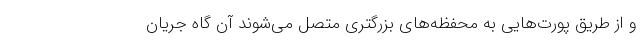
و از طریق پورت‌هایی به محفظه‌های بزرگتری متصل می‌شوند آن گاه جریان